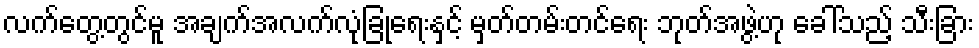
လက်တွေ့တွင်မူ အချက်အလက်လုံခြုံရေးနှင့် မှတ်တမ်းတင်ရေး ဘုတ်အဖွဲ့ဟု ခေါ်သည့် သီးခြား